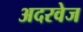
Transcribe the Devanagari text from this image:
अदरवेज